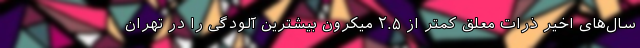
سال‌های اخیر ذرات معلق کمتر از ۲.۵ میکرون بیشترین آلودگی را در تهران